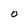
Character: O